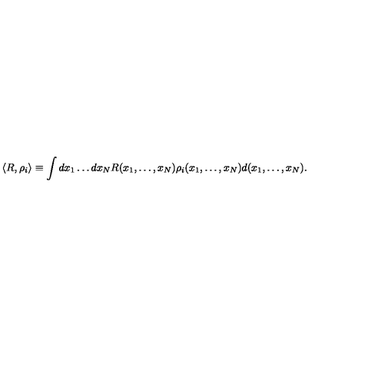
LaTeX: \langle R , \rho _ { i } \rangle \equiv \int d x _ { 1 } \dots d x _ { N } R ( x _ { 1 } , \ldots , x _ { N } ) \rho _ { i } ( x _ { 1 } , \ldots , x _ { N } ) d ( x _ { 1 } , \ldots , x _ { N } ) .